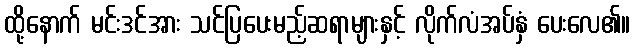
ထို့နောက် မင်းဒင်အား သင်ပြပေးမည့်ဆရာများနှင့် လိုက်လံအပ်နှံ ပေးလေ၏။